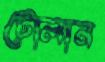
টোলান